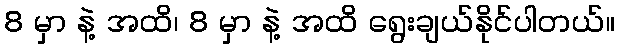
8 မှာ နဲ့ အထိ၊ 8 မှာ နဲ့ အထိ ရွေးချယ်နိုင်ပါတယ်။